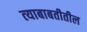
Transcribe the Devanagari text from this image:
त्‍याबाबतीतील